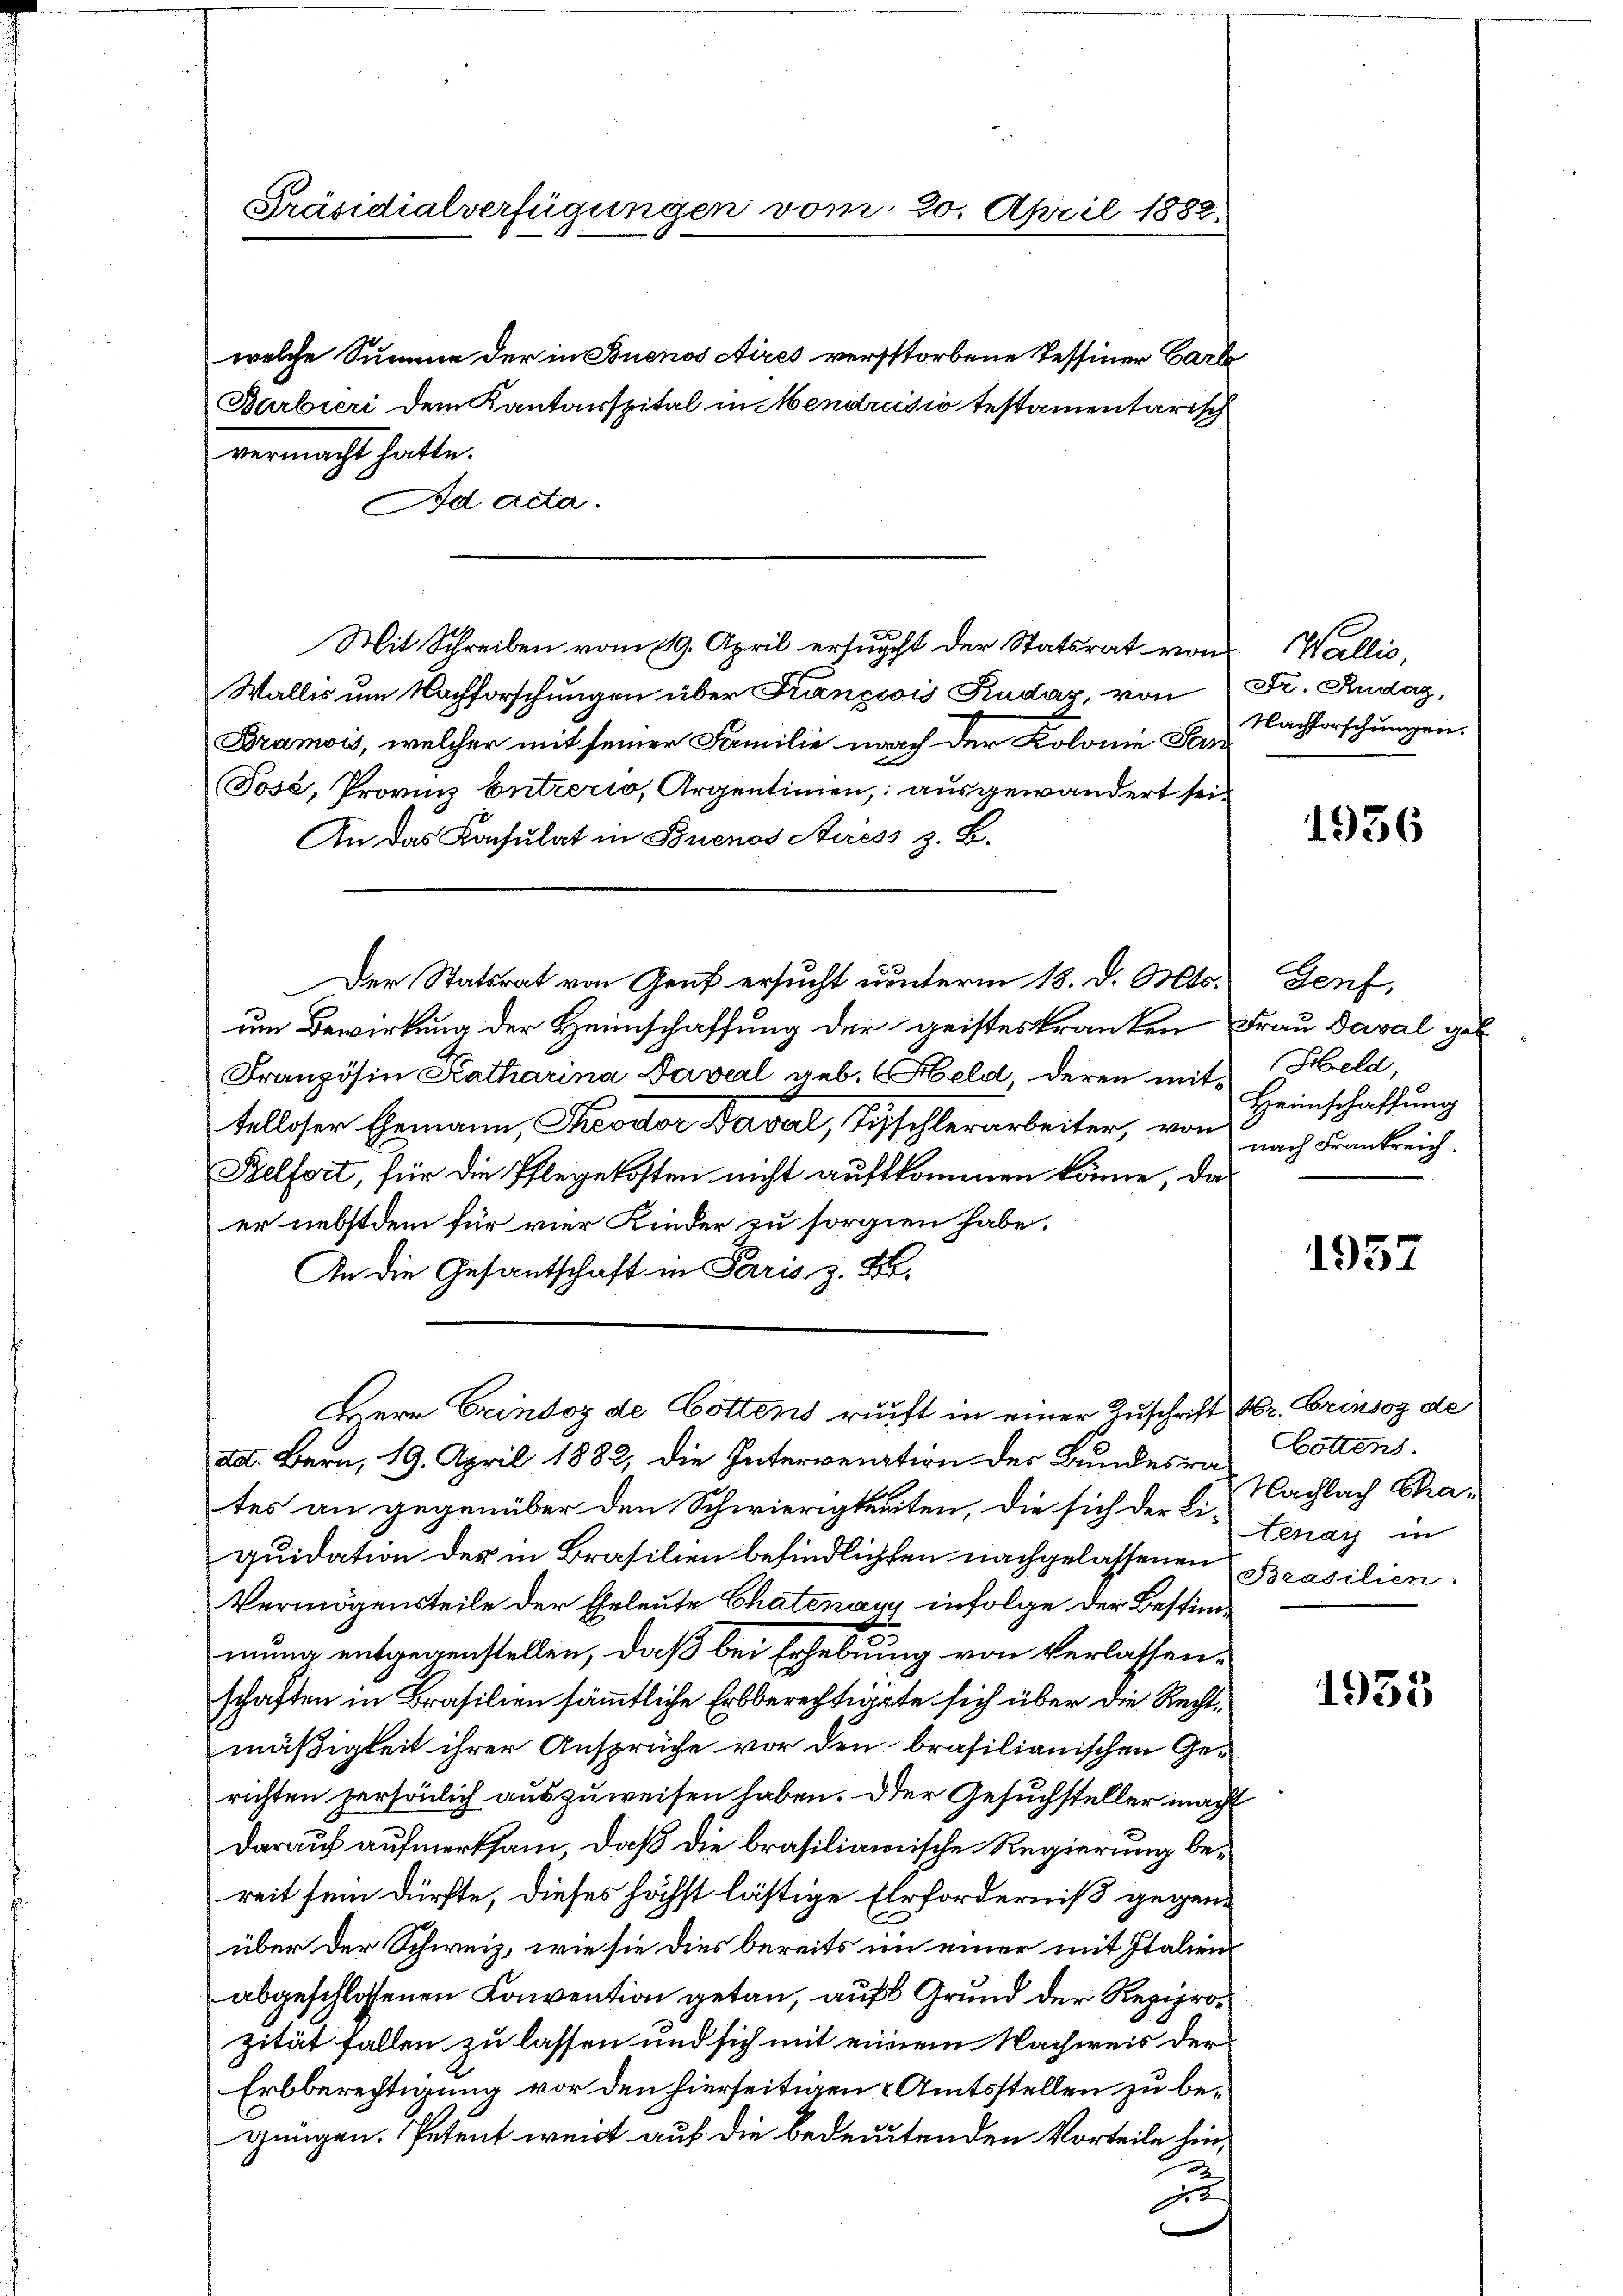
Präsidialverfügungen vom 20. April 1882.

welche Summe der in Buenos Aires verstorbene Tessiner Carl
Barbieri dem Kantonsspital in Mendrisio testamentarisch
vermacht hatte.
Ad acta.
Mit Schreiben vom 119. April ersucht der Statsrat von Wallis,
Wallis um Nachforschungen über François Kudaz, von
Bramois, welcher mit seiner Familie nach der Kolonie San
Tose, Provinz Entrerio, Argentimen, ausgewandert sei.
An das Konsulat in Buenos Aires z. B.
Der Statsrat von Genf ersucht unterm 18. d. Mts.
um Bewirkung der Heimschaffung der geisteskranken
Französin Katharina Taverl geb. Held deren mittelloser Ehemann, Keodor Dersel, Tischlerarbeiter, von
Belfort, für die Pflegekosten nicht aufskommen könne, das
er nebstdem für vier Kinder zu sorgen habe.
An die Gesandschaft in Paris z. B.
HHerr Grindoz de Gottens ruft in einer Zuschrift
ad. Bern, 19. April 1882, die Interveration des Bundesrates an gegenüber den Schwierigkeiten, die sich der Li-
quidation des in Brasilien befindlichten nachgelassenen
Vermögensteile der Eheleute Chatenau infolge der Bestimmung entgegenstellen, daß bei Erhebung von Verlassenschaften in Brasilien sämmtliche Erbberechtigte sich über die Rechtmäßigkeit ihrer Ansprüche vor den brasilianischen Gerichten persönlich auszuweisen haben. Der Gesuchsteller mach¬
Darauf aufmerksam, daß die brasilianische Regierung bereit sein dürfte, dieses höchst lästige Erforderniß gegenüber der Schweiz, wie sie dies bereits im einer mit Italien
abgeschlossenen Konvention getan, auf Grund der Reziprozität fallen zu lassen und sich mit einem Nachweis der
Erbberechtigung vor den hierseitigen & Amtsstellen zu begungen. Petent weit auf die bedeutenden Vorteile hinx

Gr. Rudaz,
Nachforschungen.

1936

Genf,
Frau Daval geb.
Held,
Heimschaffung
nach Frankreich

1957

Hr. Brinsog de
Cottens.
Nachlach Straenay in
Brasilien.

1955